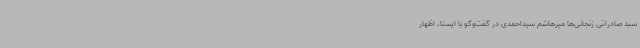
سبد صادراتی زنجانی‌ها میرهاشم سیداحمدی در گفت‌وگو با ایسنا، اظهار